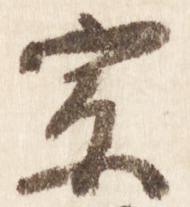
宗